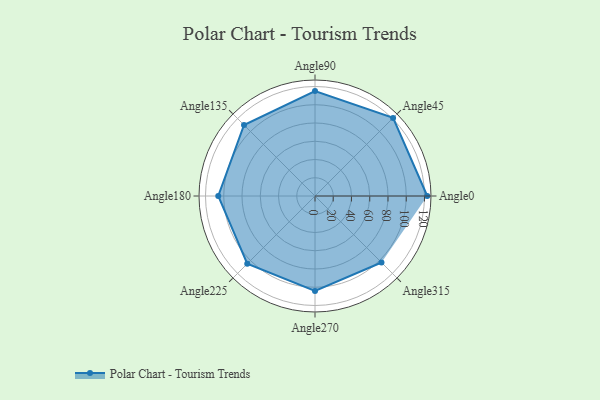
{"axis": {"x": "Angle", "y": "Radius"}, "legend": [""], "data": [{"x": "Angle0", "y": 123.0, "type": ""}, {"x": "Angle45", "y": 121.0, "type": ""}, {"x": "Angle90", "y": 115.0, "type": ""}, {"x": "Angle135", "y": 110.0, "type": ""}, {"x": "Angle180", "y": 106.0, "type": ""}, {"x": "Angle225", "y": 105.0, "type": ""}, {"x": "Angle270", "y": 104.0, "type": ""}, {"x": "Angle315", "y": 103.0, "type": ""}]}